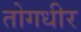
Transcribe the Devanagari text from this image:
तोगधीर